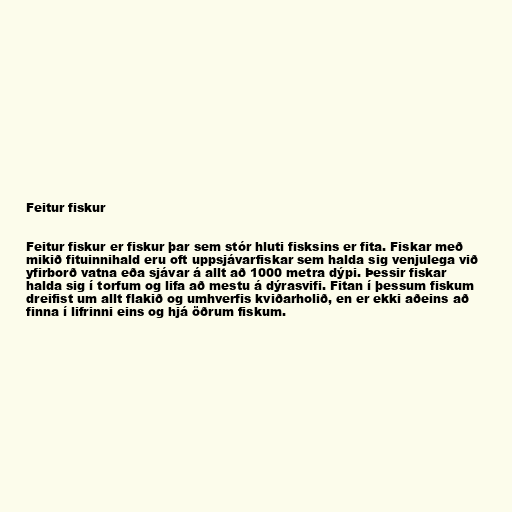
Feitur fiskur

Feitur fiskur er fiskur þar sem stór hluti fisksins er fita. Fiskar með
mikið fituinnihald eru oft uppsjávarfiskar sem halda sig venjulega við
yfirborð vatna eða sjávar á allt að 1000 metra dýpi. Þessir fiskar
halda sig í torfum og lifa að mestu á dýrasvifi. Fitan í þessum fiskum
dreifist um allt flakið og umhverfis kviðarholið, en er ekki aðeins að
finna í lifrinni eins og hjá öðrum fiskum.